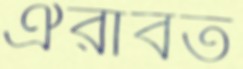
ঐরাবত